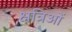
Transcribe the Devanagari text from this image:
क्षत्रिओं